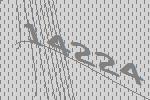
14224